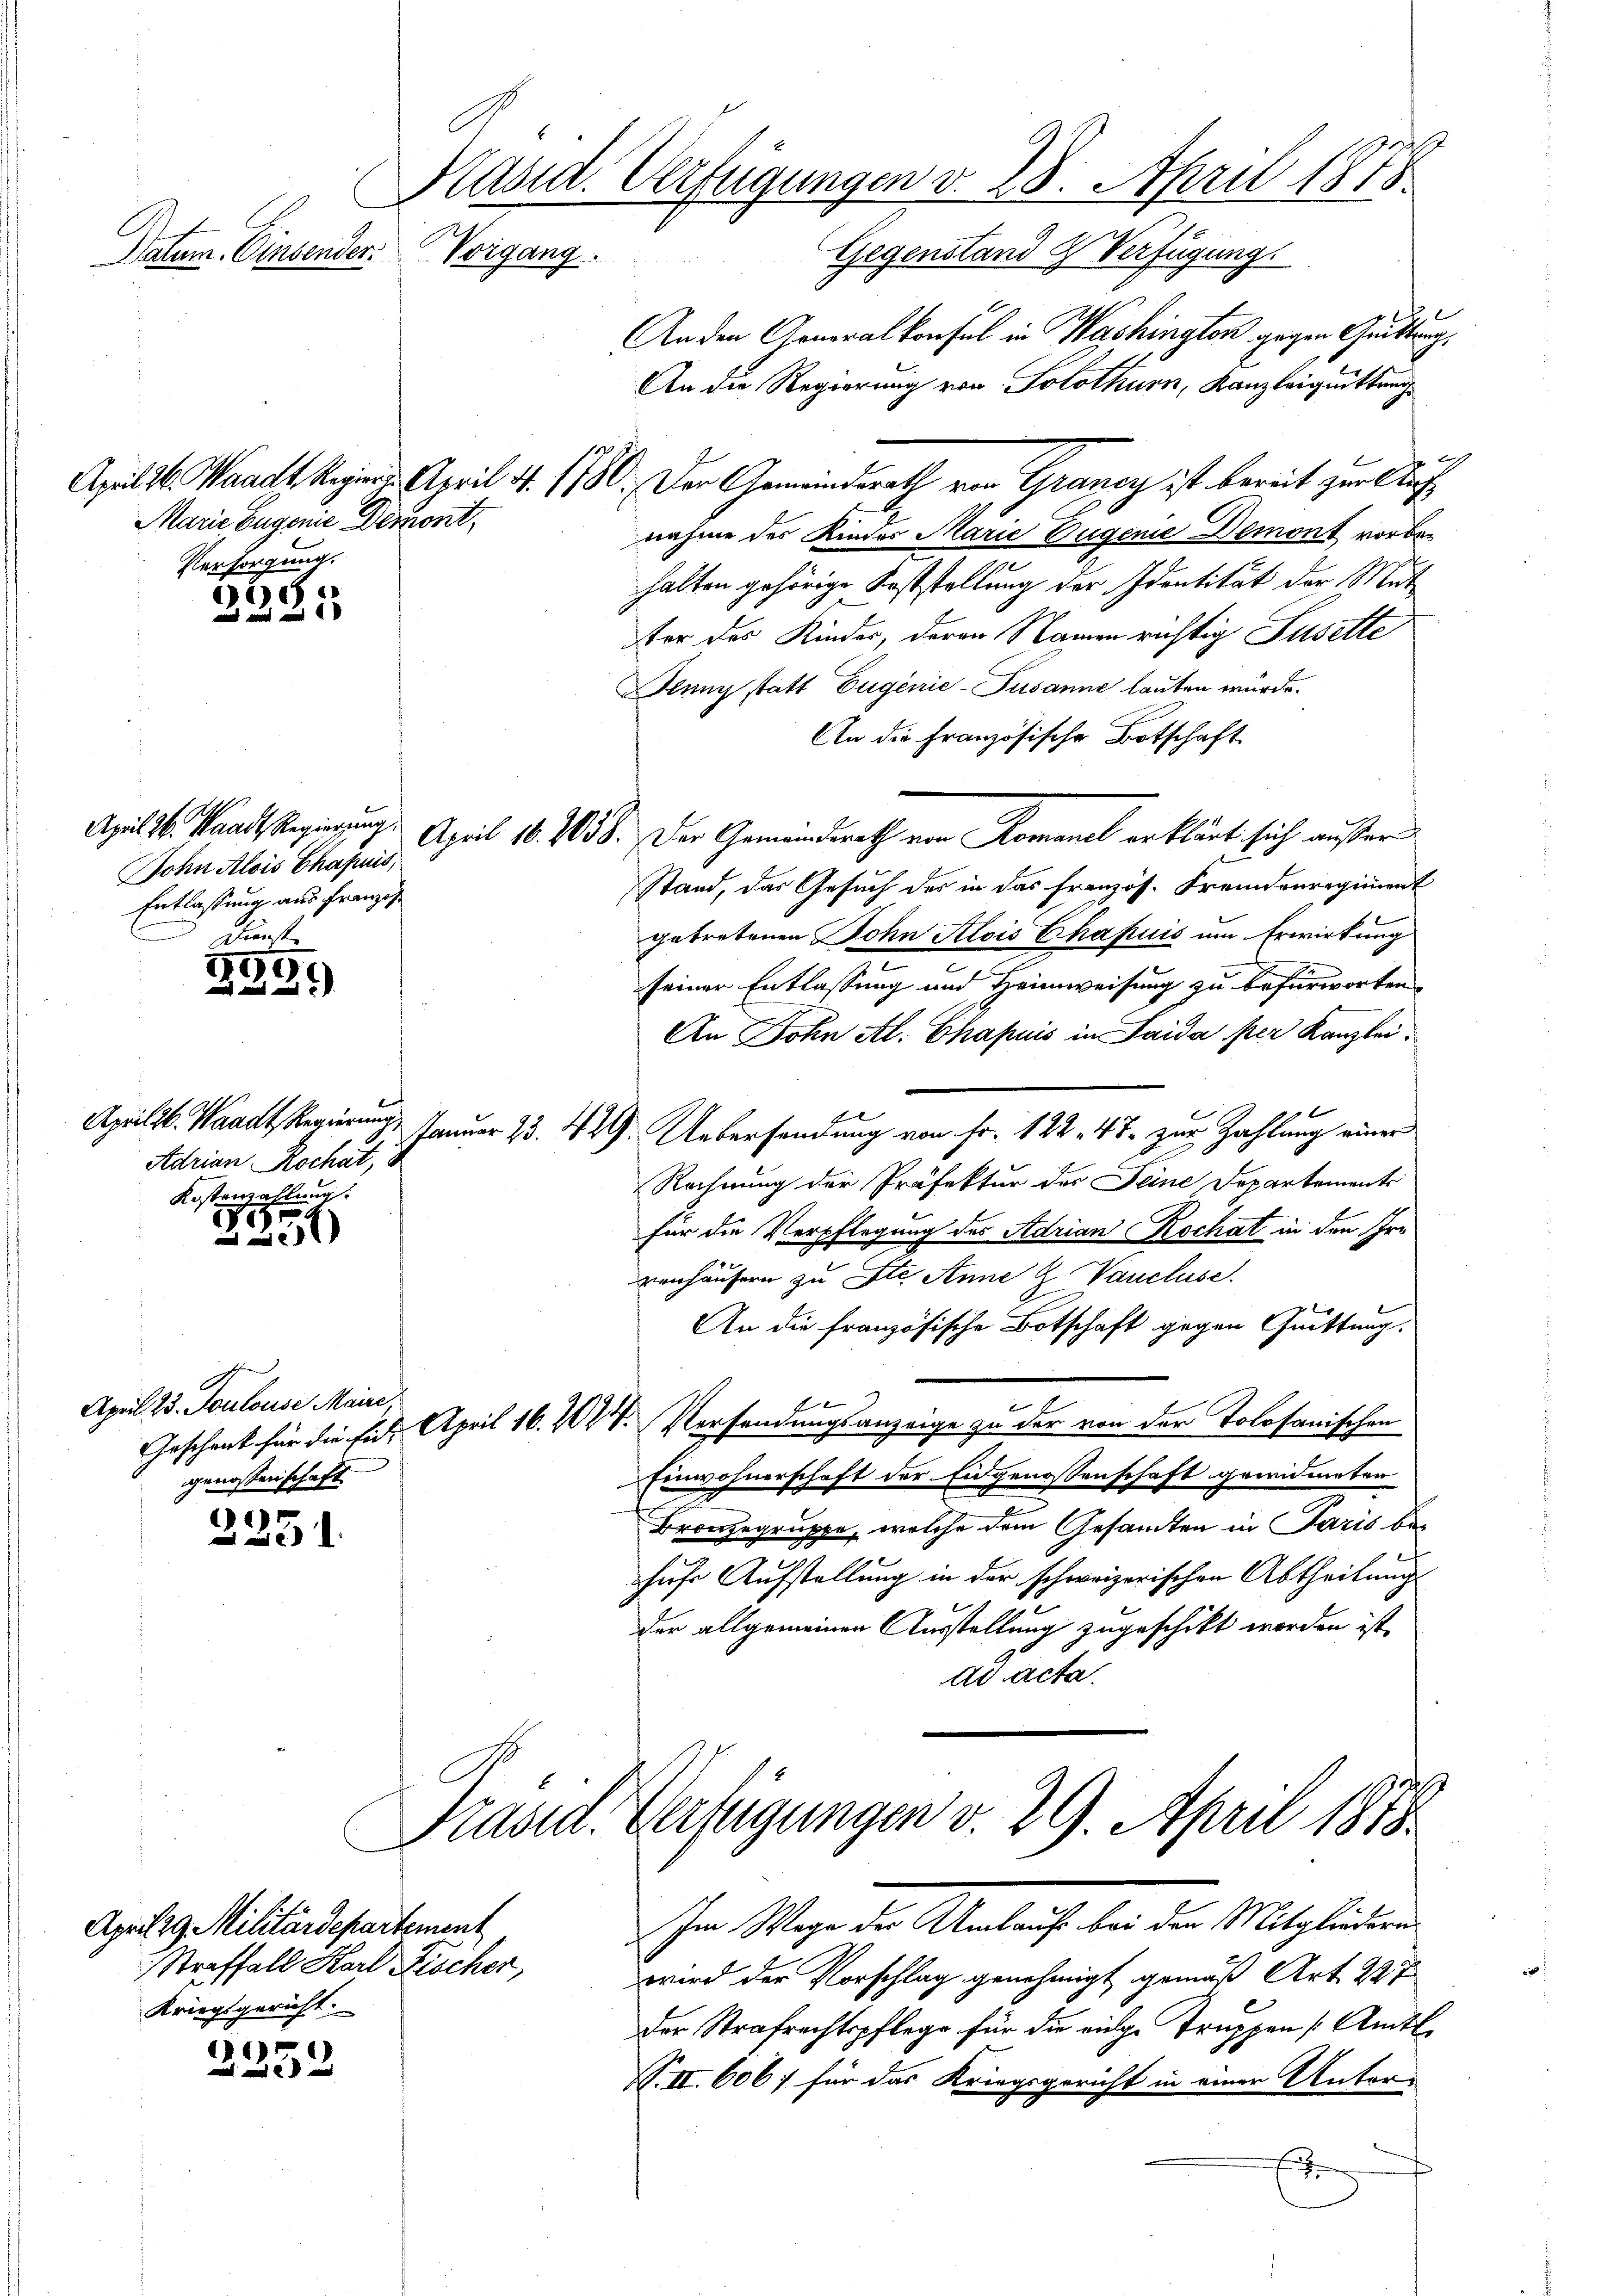
Präsid. Verfügungen v. 28. April 1878.
Vorgang.
Datum. Einsender.
Gegenstand & Verfügung

3281

Marie Eugenie Dement,
Versorgung.

John Alois Chapuis,
Entlassung aus Franzis
Dienst

359)
2

Adrian Rochat,
Kostenzahlung.

4
21

April 23. Toulouse Maire,
Geschenk für die Eidgenossenschaft.

2251

6
2 x

An den Generalkonsul in Washington gegen Grüttung
An die Regierung von Solothurn, Kanzleiquittung

April d. Waadt keinen April 4. 1780. Der Gemeinderath von Grancy ist bereit zur Auf
nahme des Kinder Marie Dugenie Demont vorbehalten gehörige Koststellung der Identität der Mut
ter des Kindes, daran Namen richtig Susette
lung statt Eugenie-Pusanne lauten würde.
An die Französische Botschaft
April l. Standt Regierung. April 18. 1058. Der Gemeinderath von Romanel erklärt sich außer
Stand, das Gesuch des in das Französ. Fremdenregiment
getretenen Sohn Alois Chapuis um Erwirkung
seiner Entlassung und Heimweisung zu befürworten
An Sohn Al. Chapuis in Saida per Kanzlei.
f
Aprils. Waadt Regierung, Januar 153. 449. Uebersendung von Fr. 122, 47 zur Zahlung einer
Rechnung der Präfektur des Seine Departements
für die Verpflegung des Adrian Kochat in den Ire
venhäusern zu ste Anne u. Vancluse.
An die französische Botschaft gegen Guittung.
n
April 16. 204. Versendungsanzeige zu der von der Tolosanischen
Einwohnerschaft der Eidgenossenschaft gewidmeter
Bronzegruppe, welche dem Gesandten in Paris behufe Aufstellung in der schweizerischen Abtheilung
der allgemeinen Ausstellung zugeschickt worden ist,
ad acta.
Präsid. Verfügungen v. 29. April 1878.

April 29. Militärdepartement
Straffall Karl Fischer,
Kriegsgericht.

schen Wege der Anleihe der der Mitglieden

wird der Vorschlag genehmigt gemäß Art. 227
der Strafrechtspflege für die vielge Truppen (Amts¬
V. II. 606 für das Kriegsgericht in einer Unter-
f